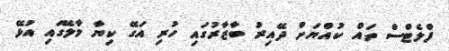
ފްލެޓްސް ތައް ކުއްޔަށް ދޭއިރު ބާޒާރުގައި ހުރި އަގޭ ކިޔާ މާލޭގައި އުޅޭ